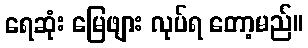
ရေဆုံး မြေဖျား လုပ်ရ တော့မည်။